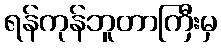
ရန်ကုန်ဘူတာကြီးမှ